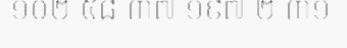
១០២ ៥៨ ៣៧ ១៩៧ ២ ៣១